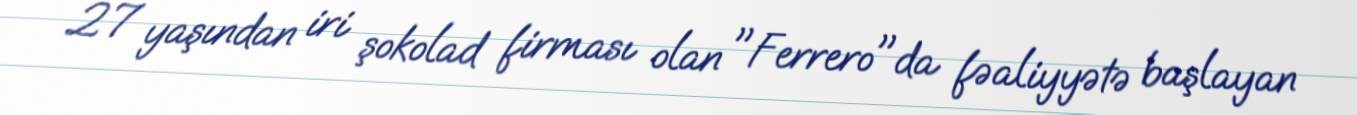
27 yaşından iri şokolad firması olan "Ferrero"da fəaliyyətə başlayan